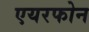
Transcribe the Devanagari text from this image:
एयरफोन